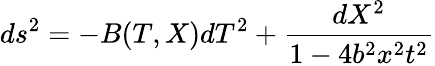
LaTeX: ds^{2}=-B(T,X)dT^{2}+\frac{dX^{2}}{1-4b^{2}x^{2}t^{2}}